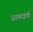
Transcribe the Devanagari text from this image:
उत्तमवर्ण